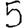
Digit: 5